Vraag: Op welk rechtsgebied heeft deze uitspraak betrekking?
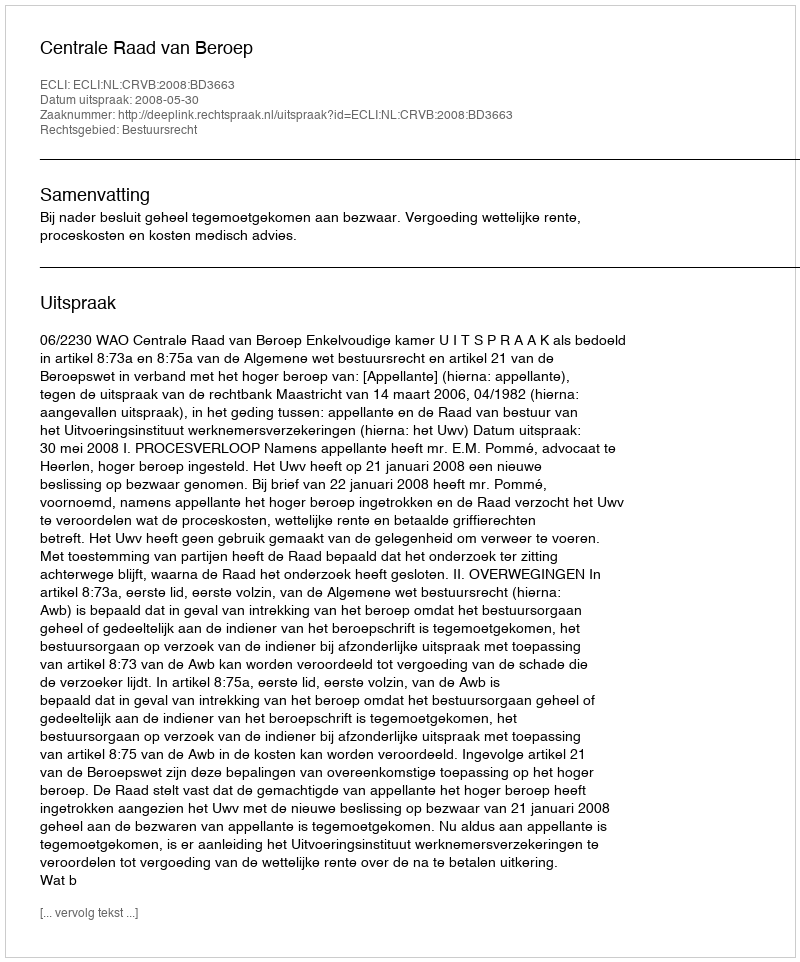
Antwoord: Bestuursrecht